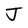
Character: J